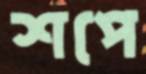
শপে